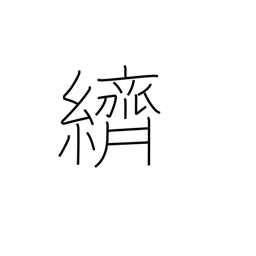
Meaning: splashed pattern dyeing or weaving